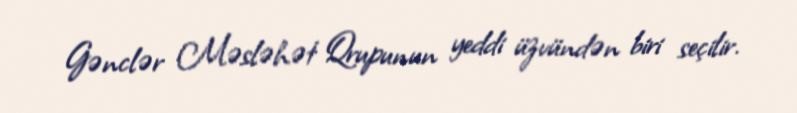
Gənclər Məsləhət Qrupunun yeddi üzvündən biri seçilir.